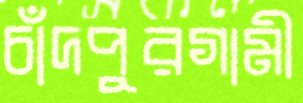
চাঁদপুরগামী